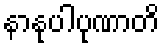
နာနုပါပုဏာတိ